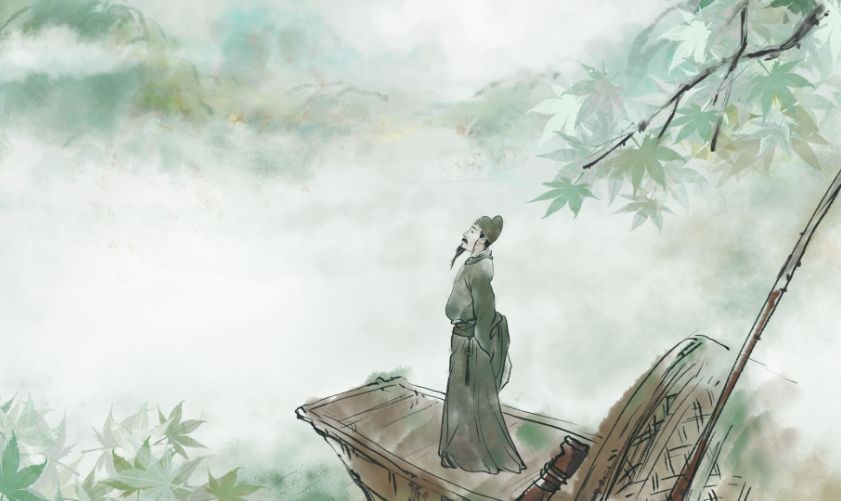
浮云游子意，落日故人情。